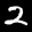
Label: 2